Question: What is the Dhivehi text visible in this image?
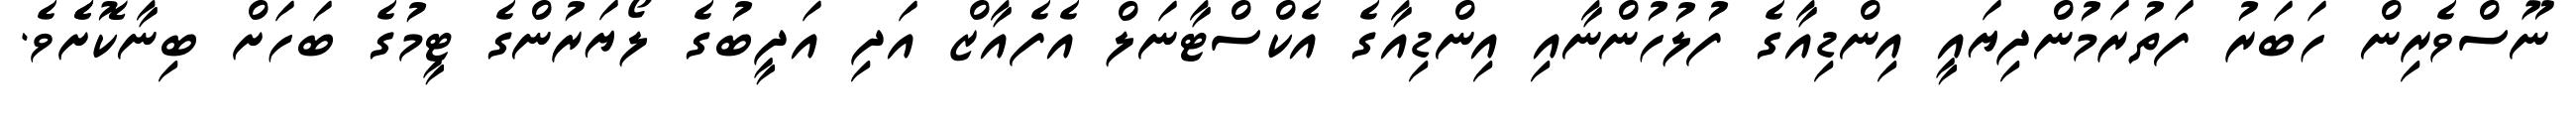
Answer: ނޫސްވެރިން ހަބަރު ފަތުރަމުންދިޔައީ އިންޑިއާގެ ފުލުހުންނާއި އިންޑިއާގެ އެކްސްޓާނަލް އެފެއާޒް އަދި އަދީބުގެ ލޯޔަރުންގެ ޓީމުގެ ބަހަށް ބިނާކޮށެެވެ.